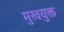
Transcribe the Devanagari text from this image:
मुखयुक्त